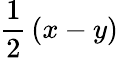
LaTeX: {\frac{1}{2}}\left(x-y\right)